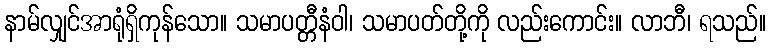
နာမ်လျှင်အာရုံရှိကုန်သော။ သမာပတ္တီနံဝါ၊ သမာပတ်တို့ကို လည်းကောင်း။ လာဘီ၊ ရသည်။